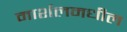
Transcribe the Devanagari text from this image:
मार्शलमधील